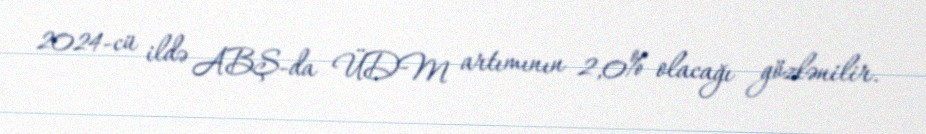
2024-cü ildə ABŞ-da ÜDM artımının 2,0% olacağı gözlənilir.